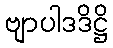
ဗျာပါဒဒိဋ္ဌိ